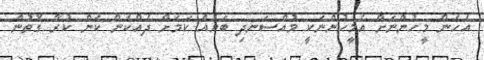
އެހެން މީހުންނަށް އެމީހުންނަކީ މުއްސަނދި ބަޔެއް ކަމަށް ދެއްކެން ކަން ކުރާ ގޮތުން